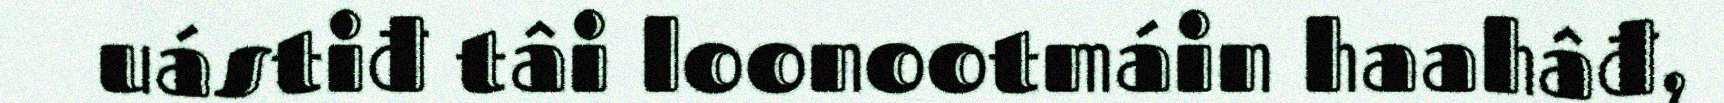
uástiđ tâi loonootmáin haahâđ,